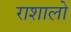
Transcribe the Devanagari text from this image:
राशालो